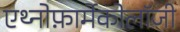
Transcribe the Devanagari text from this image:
एथ्नोफ़ार्मेकोलॉजी